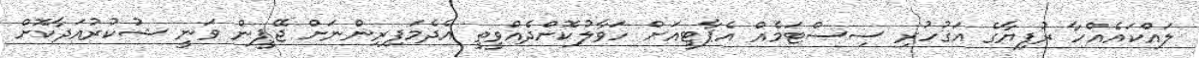
ލައްކައެއްހާ ރުފިޔާގެ އަގުހުރި ސިސްޓަމެއް އެޕާޓީއަށް ހަވާލުކޮށްދެއްވީތީ އެދެމަފިރިންނަށް ޖޭޕީން ވަނީ ޝުކުރުއަދާކޮށް